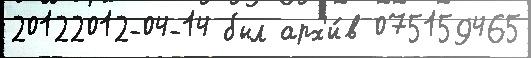
20122012-04-14 был арх'и́в 075159465